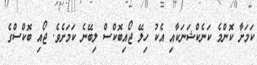
ކަމަށާ ކޮންމެ ކަނެކްޝަނަކާއި އެކު ހިލޭ ޖޯއިބޮކްސް ލިބޭނެ ކަމަށެވެ. ޖޯއި ބޮކްސްގެ